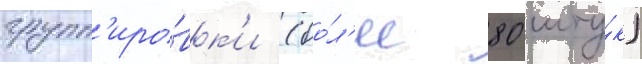
групп'иро́вк'и (бо́л'ее 80 шту́к)